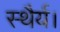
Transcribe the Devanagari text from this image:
स्थैर्य।